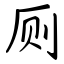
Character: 厕